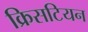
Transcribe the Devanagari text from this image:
क्रिसटियन